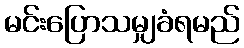
မင်းပြောသမျှခံရမည်